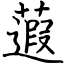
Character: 蕸